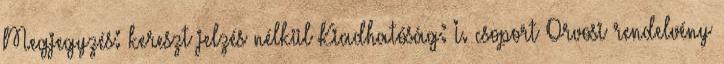
Megjegyzés: kereszt jelzés nélkül Kiadhatóság: I. csoport Orvosi rendelvény